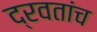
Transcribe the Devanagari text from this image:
द्रवतांच